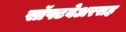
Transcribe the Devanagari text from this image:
सॉफ्टवेअरसह